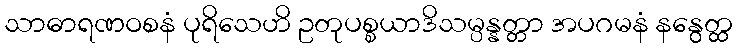
သာဓာရဏဝစနံ ပုရိသေဟိ ဥတုပစ္စယာဒိသမ္ပန္နတ္တာ အပဂမနံ နနွေတ္ထ